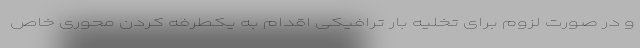
و در صورت لزوم برای تخلیه بار ترافیکی اقدام به یکطرفه کردن محوری خاص